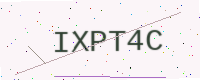
Text: IXPT4C